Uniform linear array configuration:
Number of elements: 64
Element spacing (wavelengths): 0.5
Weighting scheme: uniform
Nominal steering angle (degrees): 15
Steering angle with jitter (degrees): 15.415
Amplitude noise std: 0.05
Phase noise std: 0.05

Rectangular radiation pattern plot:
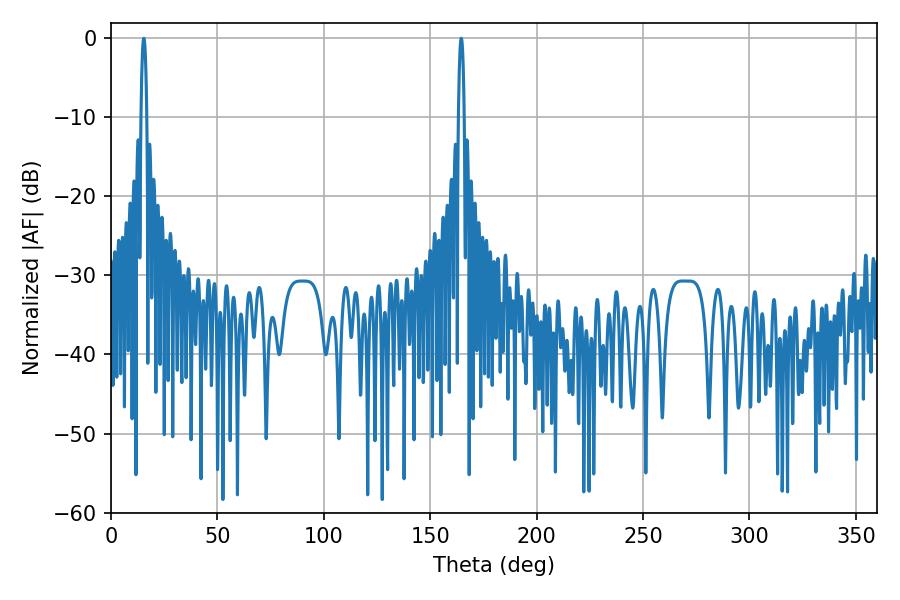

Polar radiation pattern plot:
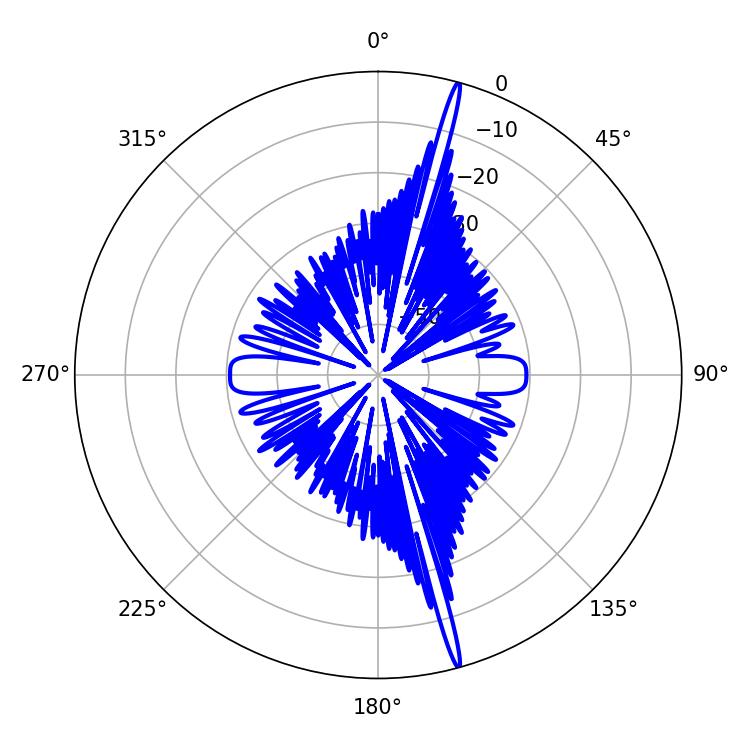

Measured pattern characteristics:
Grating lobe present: FALSE
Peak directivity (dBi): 20.646
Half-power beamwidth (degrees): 1.44
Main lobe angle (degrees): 164.52